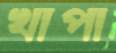
খাপা